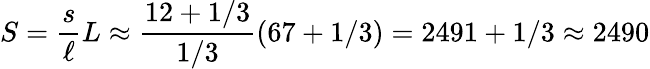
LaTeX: S={\frac{s}{\ell}}L\approx{\frac{12+1/3}{1/3}}(67+1/3)=2491+1/3\approx 2490